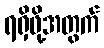
ရရှိဖို့အတွက်